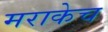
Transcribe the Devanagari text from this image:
मराकेच